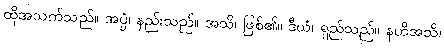
ထိုအသက်သည်။ အပ္ပံ၊ နည်းသည်။ အသိ၊ ဖြစ်၏။ ဒီဃံ၊ ရှည်သည်။ နဟိအသိ၊